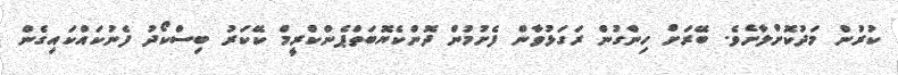
ކުރުން މަދުކޮށްލާށެވެ. ބޭރަށް ހިންގުން ރަގަޅުވާން ފެށުމުން ދޮންކެޔޮބަތްޕެންކްރީމް ކޭކަރު ބިސްކޯދު ފެނުކައްކައިގެން